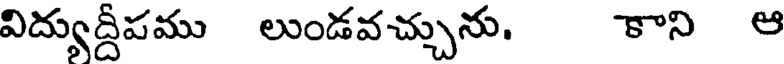
విద్యుద్దీపము లుండవచ్చును. కాని ఆ